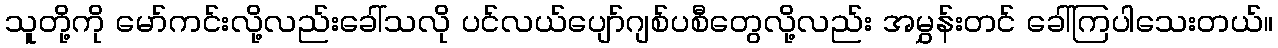
သူတို့ကို မော်ကင်းလို့လည်းခေါ်သလို ပင်လယ်ပျော်ဂျစ်ပစီတွေလို့လည်း အမွှန်းတင် ခေါ်ကြပါသေးတယ်။